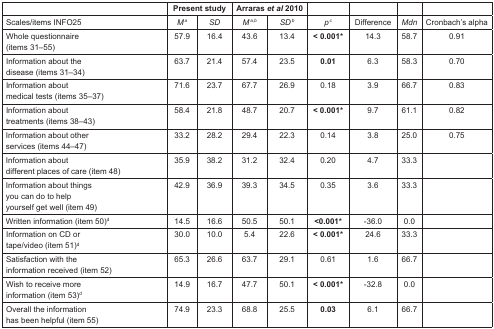
|  | <COLSPAN=2> Present study | <COLSPAN=2> Arraras et al 2010 |  |  |  |  |
 | --- | --- | --- | --- | --- | --- | --- | --- | --- |
 | Scales/items INFO25 | M a | SD | M a,b | SDb | pc | Difference | Mdn | Cronbach’s alpha |
 | Whole questionnaire (items 31–55) | 57.9 | 16.4 | 43.6 | 13.4 | < 0.001* | 14.3 | 58.7 | 0.91 |
 | Information about the disease (items 31–34) | 63.7 | 21.4 | 57.4 | 23.5 | 0.01 | 6.3 | 58.3 | 0.70 |
 | Information about medical tests (items 35–37) | 71.6 | 23.7 | 67.7 | 26.9 | 0.18 | 3.9 | 66.7 | 0.83 |
 | Information about treatments (items 38–43) | 58.4 | 21.8 | 48.7 | 20.7 | < 0.001* | 9.7 | 61.1 | 0.82 |
 | Information about other services (items 44–47) | 33.2 | 28.2 | 29.4 | 22.3 | 0.14 | 3.8 | 25.0 | 0.75 |
 | Information about different places of care (item 48) | 35.9 | 38.2 | 31.2 | 32.4 | 0.20 | 4.7 | 33.3 |  |
 | Information about things you can do to help yourself get well (item 49) | 42.9 | 36.9 | 39.3 | 34.5 | 0.35 | 3.6 | 33.3 |  |
 | Written information (item 50)d | 14.5 | 16.6 | 50.5 | 50.1 | <0.001* | −36.0 | 0.0 |  |
 | Information on CD or tape/video (item 51)d | 30.0 | 10.0 | 5.4 | 22.6 | < 0.001* | 24.6 | 33.3 |  |
 | Satisfaction with the information received (item 52) | 65.3 | 26.6 | 63.7 | 29.1 | 0.61 | 1.6 | 66.7 |  |
 | Wish to receive more information (item 53)d | 14.9 | 16.7 | 47.7 | 50.1 | < 0.001* | −32.8 | 0.0 |  |
 | Overall the information has been helpful (item 55) | 74.9 | 23.3 | 68.8 | 25.5 | 0.03 | 6.1 | 66.7 |  |